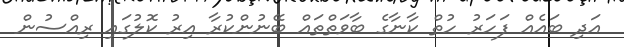
އަދި ބައެއް ފަހަރު ހުތް ކާނާގެ ބާވަތްތައް ބޭނުންކުރާ އިރު ކޮލުގައި ރިއްސުން